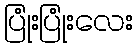
ပြုံးပြုံးလေး